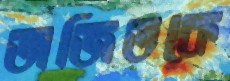
অজিতকে